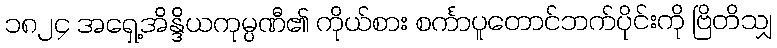
၁၈၂၄ အရှေ့အိန္ဒိယကုမ္ပဏီ၏ ကိုယ်စား စင်္ကာပူတောင်ဘက်ပိုင်းကို ဗြိတိသျှ